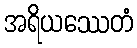
အရိယဿေတံ